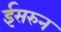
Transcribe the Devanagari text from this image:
ईसरुन